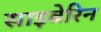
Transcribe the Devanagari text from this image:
साइबेरिन